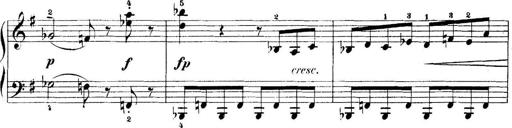
Title: 5 Sonatinas
Composer: Theodor Kirchner